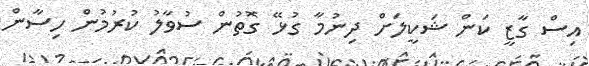
އިސް ގާޒީ ކަން ޝަކީލަށް ދިނުމާ ގުޅޭ ގޮތުން ސުވާލު ކުރުމުން ހިސާން